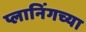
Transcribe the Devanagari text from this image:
प्लानिंगच्या